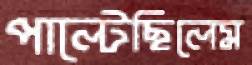
পাল্‌টেছিলেম